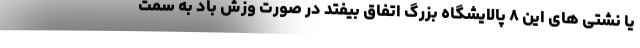
یا نشتی های این ۸ پالایشگاه بزرگ اتفاق بیفتد در صورت وزش باد به سمت